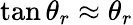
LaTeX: \tan\theta_{r}\approx\theta_{r}